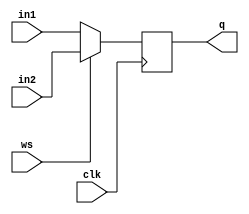
module sn74ls399(q, in1, in2, ws, clk);
input [3:0] in1, in2;
input ws, clk;
output [3:0] q;
wire [3:0] in;
reg [3:0] ff;

parameter
	// TI TTL data book Vol 1, 1985
	tPLH_min=0, tPLH_typ=18, tPLH_max=27,
	tPHL_min=0, tPHL_typ=21, tPHL_max=32;

assign in = ws==0 ? in1 : in2;

always @(posedge clk)
begin
	if (clk==1)
		ff <= in;
end

assign #(tPLH_min:tPLH_typ:tPLH_max, tPHL_min:tPHL_typ:tPHL_max)
	q = ff;

endmodule